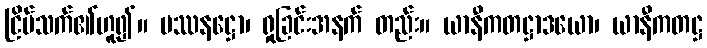
ငြိမ်သက်၏ဟူ၍။ ပဿနဋ္ဌော၊ ရှုခြင်းအနက် တည်း။ ယာနီကတဋ္ဌာဒယော၊ ယာနီကတဋ္ဌ